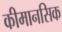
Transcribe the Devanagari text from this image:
कीमानसिक